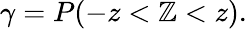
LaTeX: \gamma=P(-z<\mathbb{Z}<z).